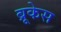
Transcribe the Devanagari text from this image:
ब्रूकेस